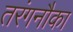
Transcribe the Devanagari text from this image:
तरंगनौका